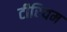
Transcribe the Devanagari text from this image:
टीरियम